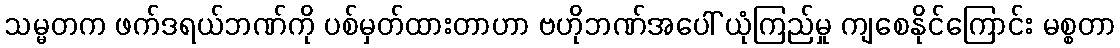
သမ္မတက ဖက်ဒရယ်ဘဏ်ကို ပစ်မှတ်ထားတာဟာ ဗဟိုဘဏ်အပေါ် ယုံကြည်မှု ကျစေနိုင်ကြောင်း မစ္စတာ